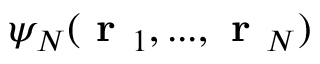
\psi _ { N } ( \textbf { r } _ { 1 } , . . . , \textbf { r } _ { N } )